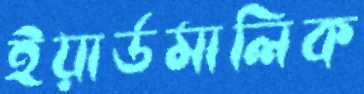
ইয়ার্ডমালিক